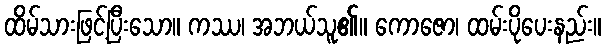
ထိမ်သားဖြင့်ပြီးသော။ ကဿ၊ အဘယ်သူ၏။ ကောဇော၊ ထမ်းပိုပေးနည်း။